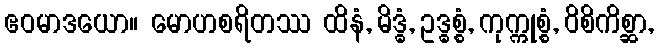
ဧဝမာဒယော။ မောဟစရိတဿ ထိနံ, မိဒ္ဓံ, ဥဒ္ဓစ္စံ, ကုက္ကုစ္စံ, ဝိစိကိစ္ဆာ,